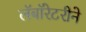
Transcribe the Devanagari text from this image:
लॅबॉरेटरीने